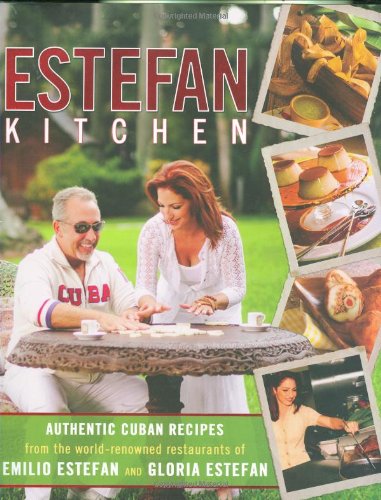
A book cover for Estefan Kitchen; Emilio Estefan; Cookbooks, Food & Wine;